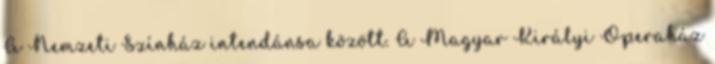
A Nemzeti Színház intendánsa között. A Magyar Királyi Operaház